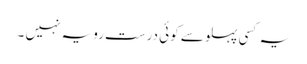
یہ کسی پہلو سے کوئی درست رویہ نہیں ۔